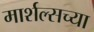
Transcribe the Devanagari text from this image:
मार्शल्सच्या